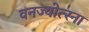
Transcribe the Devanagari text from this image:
वनज्योत्स्ना